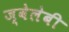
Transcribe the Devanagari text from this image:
ज्वेलेबी